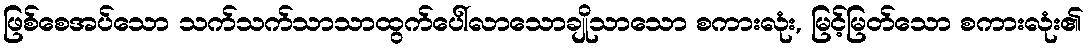
ဖြစ်စေအပ်သော သက်သက်သာသာထွက်ပေါ်လာသောချိုသာသော စကားလုံး, မြင့်မြတ်သော စကားလုံး၏